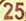
25